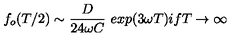
f _ { o } ( T / 2 ) \sim { \frac { D } { 2 4 \omega C } } \ e x p ( 3 \omega T ) i f T \rightarrow \infty